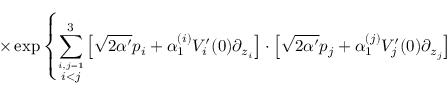
\times \exp \left\{ \sum _ { \stackrel { i , j = 1 } { i < j } } ^ { 3 } \left[ \sqrt { 2 \alpha ^ { \prime } } p _ { i } + \alpha _ { 1 } ^ { ( i ) } V _ { i } ^ { \prime } ( 0 ) \partial _ { z _ { i } } \right] \cdot \left[ \sqrt { 2 \alpha ^ { \prime } } p _ { j } + \alpha _ { 1 } ^ { ( j ) } V _ { j } ^ { \prime } ( 0 ) \partial _ { z _ { j } } \right] \right.